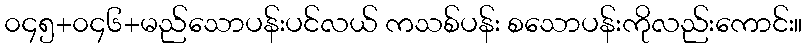
၀၄၅+၀၄၆+မည်သောပန်းပင်လယ် ကသစ်ပန်း စသောပန်းကိုလည်းကောင်း။